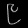
Digit: ၉